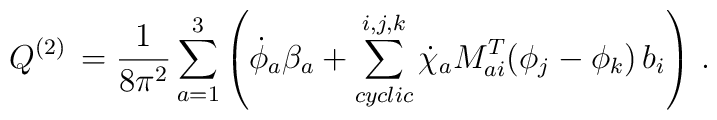
{Q}^{(2)}\, =\frac{1}{8\pi^2}\sum_{a=1}^3\left( \dot{\phi}_a\beta_a +\sum^{i,j,k}_{cyclic}\dot{\chi}_aM^{T}_{ai}(\phi_j-\phi_k)\,b_i\right)\,.